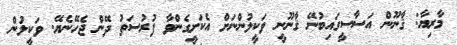
މާރިޔާ: ޤާނޫން އަސާސީގައިބުނޭ ޤާނޫނީ ވަކީލުންނަށް އެކަށީގެންވާ ފުރުސަތު ދޭން ޖެހޭނެޔޭ. ވަކީލުން